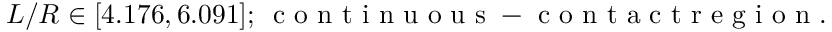
L / R \in [ 4 . 1 7 6 , 6 . 0 9 1 ] ; \, \mathrm { ~ c ~ o ~ n ~ t ~ i ~ n ~ u ~ o ~ u ~ s ~ - ~ c ~ o ~ n ~ t ~ a ~ c ~ t ~ r ~ e ~ g ~ i ~ o ~ n ~ } .